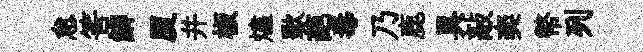
怠筈鯽厦并板燼歜葩毒乃鹿具敲奕幣列